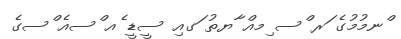
ްނމުމުގެ ަރ ްސ ިމއް ާޔތު ަގއި ސީޑީ ެއ ްސއެ ްސގެ